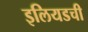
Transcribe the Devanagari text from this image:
इलियडची